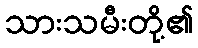
သားသမီးတို့၏